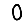
Digit: 0